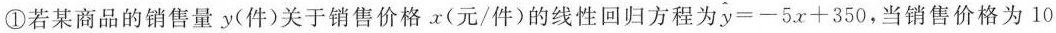
①若某商品的销售量y(件)关于销售价格x(元/件)的线性回归方程为 $$\widehat { y } = - 5 x + 3 5 0$$ ，当销售价格为10